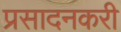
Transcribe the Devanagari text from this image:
प्रसादनकरी